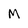
Character: M